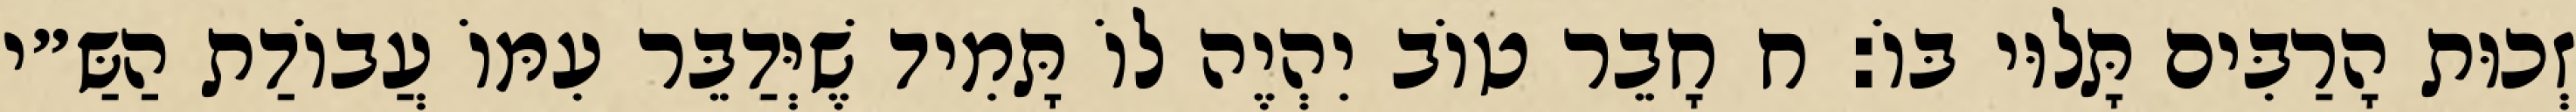
זְכוּת הָרַבִּים תָּלוּי בּוֹ: ח חָבֵר טוֹב יִהְיֶה לוֹ תָּמִיד שֶׁיְּדַבֵּר עִמּוֹ עֲבוֹדַת הַשַּ״י